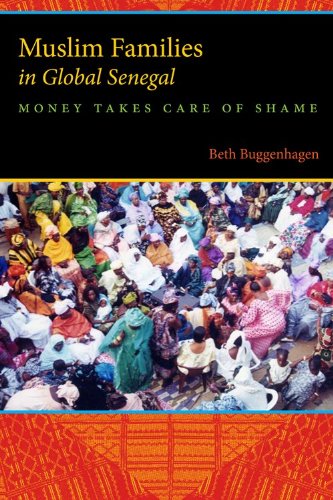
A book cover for Muslim Families in Global Senegal: Money Takes Care of Shame; Beth A. Buggenhagen; Religion & Spirituality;